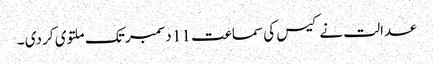
عدالت نے کیس کی سماعت 11 دسمبر تک ملتوی کر دی ۔